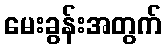
မေးခွန်းအတွက်